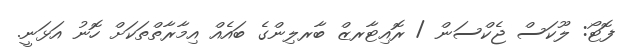
ފޮޓޯ: ލޫކަސް ޖެކްސަން / ރޮއިޓާރޒް ބާރލިންގެ ބައެއް އިމާރާތްތަކަށް ހޮނު އަޅަނީ.